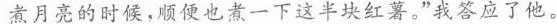
煮月亮的时候，顺便也煮一下这半块红薯。”我答应了他。